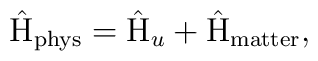
\hat{\rm H}_{\rm phys} = \hat{\rm H}_u + \hat{\rm H}_{\rm matter},